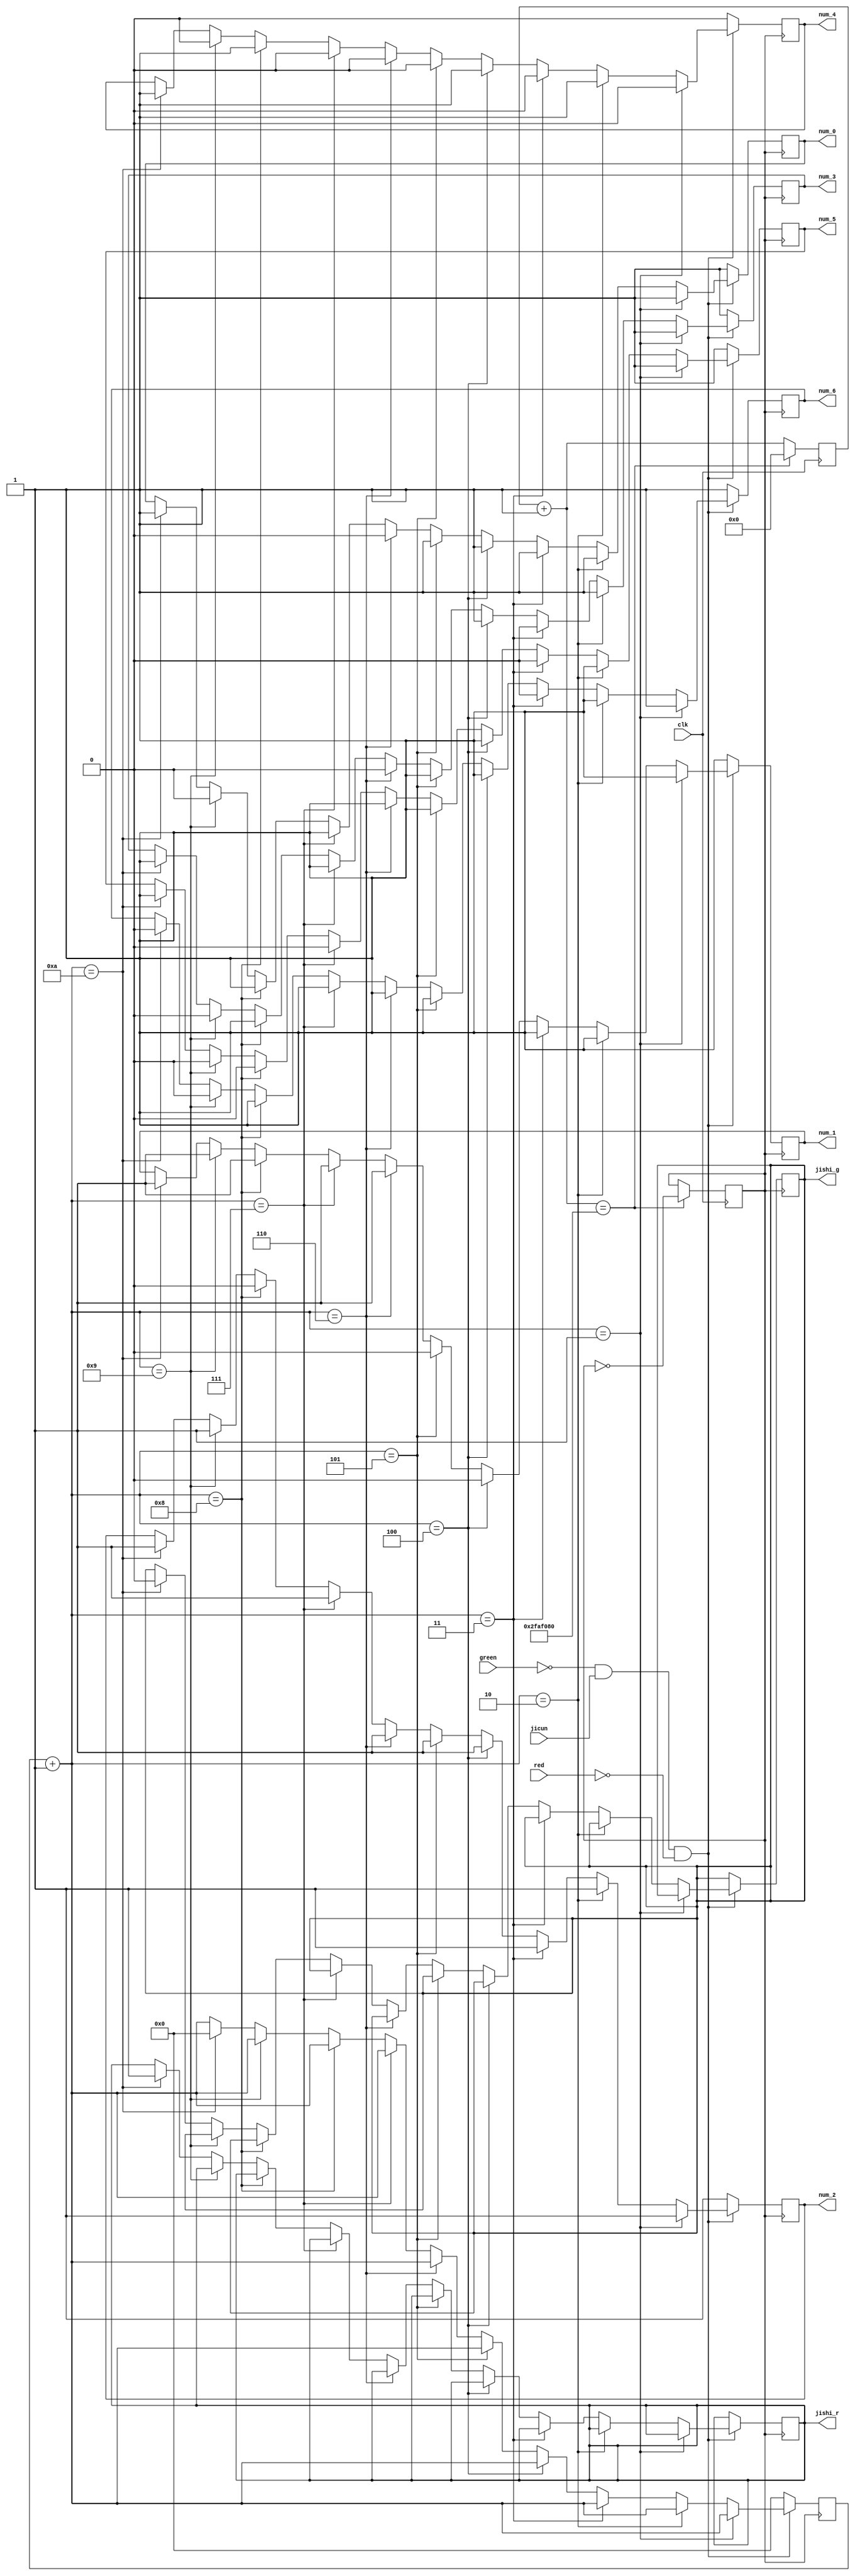
`timescale 1ns / 1ps
module jishi(input green, jicun, clk,red,
             output reg jishi_g, jishi_r,
             
             output reg num_0, num_1, num_2, num_3, num_4, num_5, num_6
             );
reg [31:0]cnt;
reg [3:0] count;

reg jishiclk;
initial
begin
    count = 0;
    jishiclk = 0;
    jishi_g = 1;
    jishi_r = 0;
    cnt = 0;
    num_0 = 1; num_1 = 1; num_2 = 1; num_3 = 1; num_4 = 0; num_5 = 1; num_6 = 1;
end

always @(posedge clk)
begin
    cnt=cnt+1;
    if(cnt == 50000000)
    begin
        cnt=0;
        jishiclk=~jishiclk;
    end
    
end

always @(posedge jishiclk)
begin
    if(!green&&jicun&&!red)
    begin
        count = count + 1;
        if(count == 4'b0001)
        begin
            num_0 = 1; num_1 = 1; num_2 = 1; num_3 = 1; num_4 = 0; num_5 = 1; num_6 = 1;
        end
        else if(count == 4'b0010)
        begin
            num_0 = 1; num_1 = 1; num_2 = 1; num_3 = 1; num_4 = 1; num_5 = 1; num_6 = 1;
        end
        else if(count == 4'b0011)
        begin
            num_0 = 1; num_1 = 1; num_2 = 1; num_3 = 0; num_4 = 0; num_5 = 0; num_6 = 0;
        end
        else if(count == 4'b0100)
        begin
            num_0 = 1; num_1 = 0; num_2 = 1; num_3 = 1; num_4 = 1; num_5 = 1; num_6 = 1;
        end
        else if(count == 4'b0101)
        begin
            num_0 = 1; num_1 = 0; num_2 = 1; num_3 = 1; num_4 = 0; num_5 = 1; num_6 = 1;
        end
        else if(count == 4'b0110)
        begin
            num_0 = 0; num_1 = 1; num_2 = 1; num_3 = 0; num_4 = 0; num_5 = 1; num_6 = 1;
        end
        else if(count == 4'b0111)
        begin
            num_0 = 1; num_1 = 1; num_2 = 1; num_3 = 1; num_4 = 0; num_5 = 0; num_6 = 1;
        end
        else if(count == 4'b1000)
        begin
            num_0 = 1; num_1 = 1; num_2 = 0; num_3 = 1; num_4 = 1; num_5 = 0; num_6 = 1;
        end
        else if(count == 4'b1001)
        begin
            num_0 = 0; num_1 = 1; num_2 = 1; num_3 = 0; num_4 = 0; num_5 = 0; num_6 = 0;
        end
        else if(count == 4'b1010)
        begin
            count = 3'b000;
            num_0 = 1; num_1 = 1; num_2 = 1; num_3 = 1; num_4 = 1; num_5 = 1; num_6 = 0;
            jishi_g = 0;
            jishi_r = 1;
        end
    end
    else begin
    count=0;
    num_0 = 1; num_1 = 1; num_2 = 1; num_3 = 1; num_4 = 0; num_5 = 1; num_6 = 1;
    end
end
endmodule